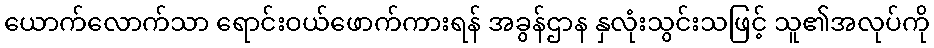
ယောက်လောက်သာ ရောင်းဝယ်ဖောက်ကားရန် အခွန်ဌာန နှလုံးသွင်းသဖြင့် သူ၏အလုပ်ကို